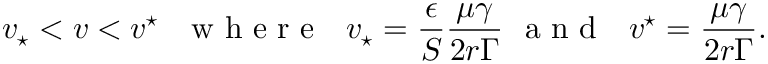
v _ { \star } < v < v ^ { \star } \ \ \mathrm { ~ w ~ h ~ e ~ r ~ e ~ } \ \ v _ { \star } = \frac { \epsilon } { S } \frac { \mu \gamma } { 2 r \Gamma } \ \mathrm { ~ a ~ n ~ d ~ } \ \ v ^ { \star } = \frac { \mu \gamma } { 2 r \Gamma } .